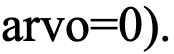
arvo=0).